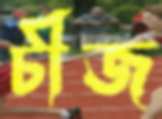
চীজ